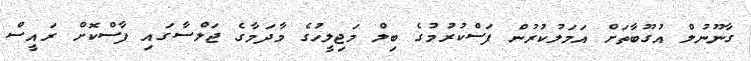
ގާނޫނުލް އުގޫބާތަށް އަމަލުކުރުން ފަސްކުރުމުގެ ބިލް މަޖިލީހުގެ މާދަމާގެ ޖަލްސާގައި ފާސްކޮށް ރައީސް